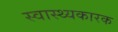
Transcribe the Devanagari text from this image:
स्वास्थ्यकारक